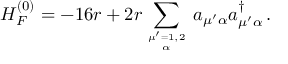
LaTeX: H _ { F } ^ { ( 0 ) } = - 1 6 r + 2 r \sum _ { { \mu ^ { \prime } = 1 , 2 } \atop \alpha } \, a _ { \mu ^ { \prime } \alpha } a _ { \mu ^ { \prime } \alpha } ^ { \dagger } \, .